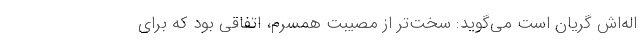
اله‌اش گریان است می‌گوید: سخت‌تر از مصیبت همسرم، اتفاقی بود که برای